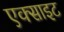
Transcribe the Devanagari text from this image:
एक्साइट